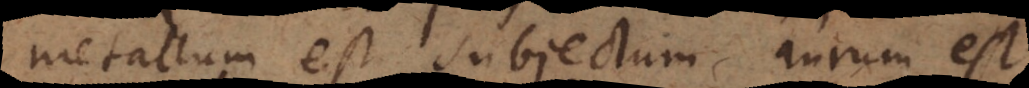
metallum est subjectum, aurum est